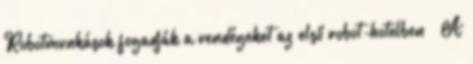
Robotmunkások fogadják a vendégeket az első robot-hotelben » A